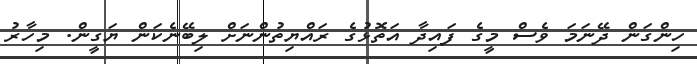
ހިންގަން ދޭނަމަ ވެސް މީގެ ފައިދާ އަތޮޅުގެ ރައްޔިތުންނަށް ލިބޭނެކަން ޔަގީން. މިހާރު